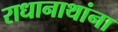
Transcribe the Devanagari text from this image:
राधानाथांना